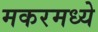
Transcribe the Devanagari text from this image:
मकरमध्ये